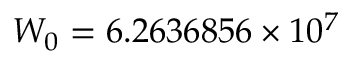
W _ { 0 } = 6 . 2 6 3 6 8 5 6 \times 1 0 ^ { 7 }